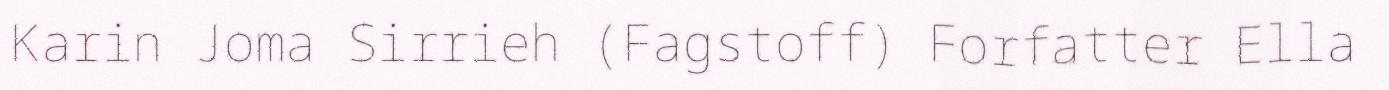
Karin Joma Sirrieh (Fagstoff) Forfatter Ella